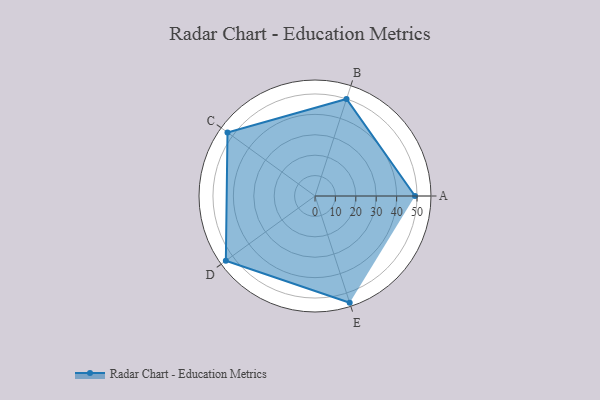
{"axis": {"x": "Skill", "y": "Score"}, "legend": ["Profile"], "data": [{"x": "A", "y": 49.0, "type": "Profile"}, {"x": "B", "y": 50.0, "type": "Profile"}, {"x": "C", "y": 53.0, "type": "Profile"}, {"x": "D", "y": 54.0, "type": "Profile"}, {"x": "E", "y": 55.0, "type": "Profile"}]}